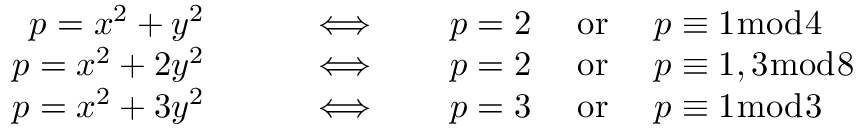
\begin{array} { r l } { p = x ^ { 2 } + y ^ { 2 } \qquad } & { { } \Longleftrightarrow \qquad p = 2 \quad { \mathrm { ~ o r ~ } } \quad p \equiv 1 { \bmod { 4 } } } \\ { p = x ^ { 2 } + 2 y ^ { 2 } \qquad } & { { } \Longleftrightarrow \qquad p = 2 \quad { \mathrm { ~ o r ~ } } \quad p \equiv 1 , 3 { \bmod { 8 } } } \\ { p = x ^ { 2 } + 3 y ^ { 2 } \qquad } & { { } \Longleftrightarrow \qquad p = 3 \quad { \mathrm { ~ o r ~ } } \quad p \equiv 1 { \bmod { 3 } } } \end{array}